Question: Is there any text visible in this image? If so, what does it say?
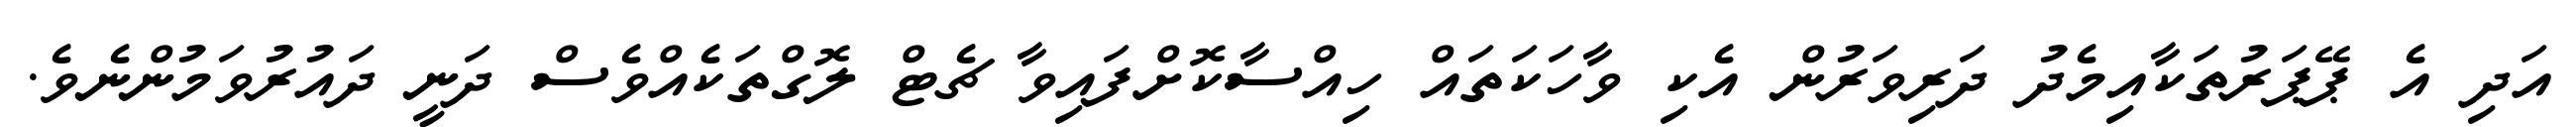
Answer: އަދި އެ ޕޭޕަރުތަކާއިމެދު ދަރިވަރުން އެކި ވާހަކަތައް ހިއްސާކޮށްފައިވާ ޗެޓް ލޮގްތަކެއްވެސް ދަނީ ދައުރުވަމުންނެވެ.